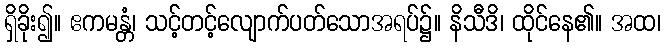
ရှိခိုး၍။ ဧကမန္တံ၊ သင့်တင့်လျောက်ပတ်သောအရပ်၌။ နိသီဒိ၊ ထိုင်နေ၏။ အထ၊